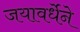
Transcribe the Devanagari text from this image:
जयावर्धेने